Vaccination Hyderabad 1872-1889 - 1872-1889
Year: 1872
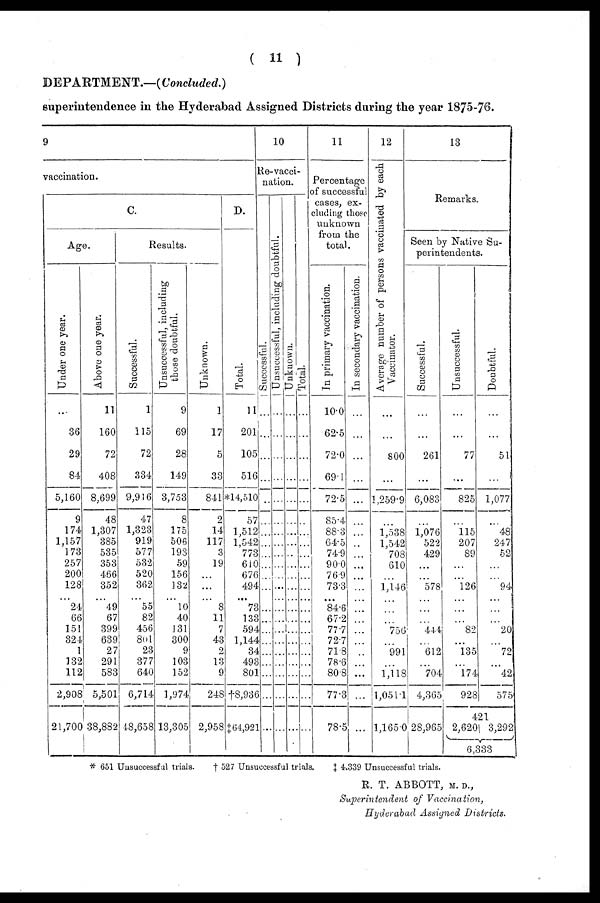
( 11 )
DEPARTMENT.—(Concluded.)
superintendence in the Hyderabad Assigned Districts during the year 1875-76.
9
vaccination.
C.
Age.
Under one year.
...
36
29
84
5,160
9
174
1,157
173
257
200
128
...
24
66
151
324
1
132
112
2,908
21,700
Above one year.
11
160
72
408
8,699
48
1,307
385
535
353
466
352
...
49
67
399
639
27
291
583
5,501
38,882
Results.
Successful.
1
115
72
334
9,916
47
1,323
919
577
532
520
362
...
55
82
456
801
23
377
640
6,714
48,658
Unsuccessful, including
those doubtful.
9
69
28
149
3,753
8
175
506
193
59
156
132
...
10
40
131
300
9
103
152
1,974
13,305
Unknown.
1
17
5
33
841
2
14
117
3
19
...
...
...
8
11
7
43
2
13
9
248
2,958
D.
Total.
11
201
105
516
*14,510
57
1,512
1,542
773
610
676
494
...
73
133
594
1,144
34
493
801
†8,936
‡64,921
10
Re-vacci-
nation.
Successful.
...
...
...
...
...
...
...
...
...
...
...
...
...
...
...
...
...
...
...
...
...
...
Unsuccessful, including doubtful.
...
...
...
...
...
...
...
...
...
...
...
...
...
...
...
...
...
...
...
...
...
...
Unknown.
...
...
...
...
...
...
...
...
...
...
...
...
...
...
...
...
...
...
...
...
...
...
Total.
...
...
...
...
...
...
...
...
...
...
...
...
...
...
...
...
...
...
...
...
...
...
11
Percentage
of successful
cases, ex-
cluding those
unknown
from the
total.
In primary vaccination.
10.0
62.5
72.0
69.1
72.5
85.4
88.3
64.5
74.9
90.0
76.9
73.3
...
84.6
67.2
77.7
72.7
71.8
78.6
80.8
77.3
78.5
In secondary vaccination.
...
...
...
...
...
...
...
...
...
...
...
...
...
...
...
...
...
...
...
...
...
...
12
Average number of persons vaccinated by each
Vaccinator.
...
...
800
...
1,259.9
...
1,538
1,542
708
610
...
1,146
...
...
...
756
...
991
...
1,118
1,051.1
1,165.0
13
Remarks.
Seen by Native Su-
perintendents.
Successful.
...
...
261
...
6,083
...
1,076
522
429
...
...
578
...
...
...
444
...
612
...
704
4,365
28,965
Unsuccessful.
...
...
77
...
825
...
115
207
89
...
...
126
...
...
...
82
...
135
...
174
928
Doubtful.
...
...
51
...
1,077
...
48
247
52
...
...
94
...
...
...
20
...
72
...
42
575
421
2,620 3,292
6,333
* 651 Unsuccessful trials.
† 527 Unsuccessful trials.
‡ 4,339 Unsuccessful trials.
R. T. ABBOTT, M. D.,
Superintendent of Vaccination,
Hyderabad Assigned Districts.